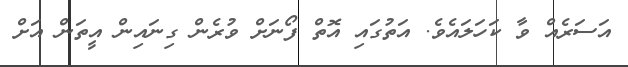
އަސަރެއް ވާ ކަހަލައެވެ. އަތުގައި އޮތް ފޯނަށް ވުރެން ގިނައިން އީތަން އަށް